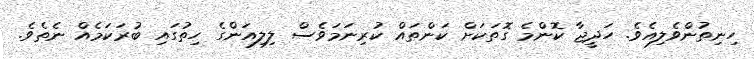
ހިނިތުންވެލިއެވެ. ހަދީޖާ ކޮންމެ ގޮތަކަށް ކަންތައް ކުރިނަމަވެސް ލިލިއަންގެ ހިތުގައި ބުރަކަމެއް ނެތެވެ.